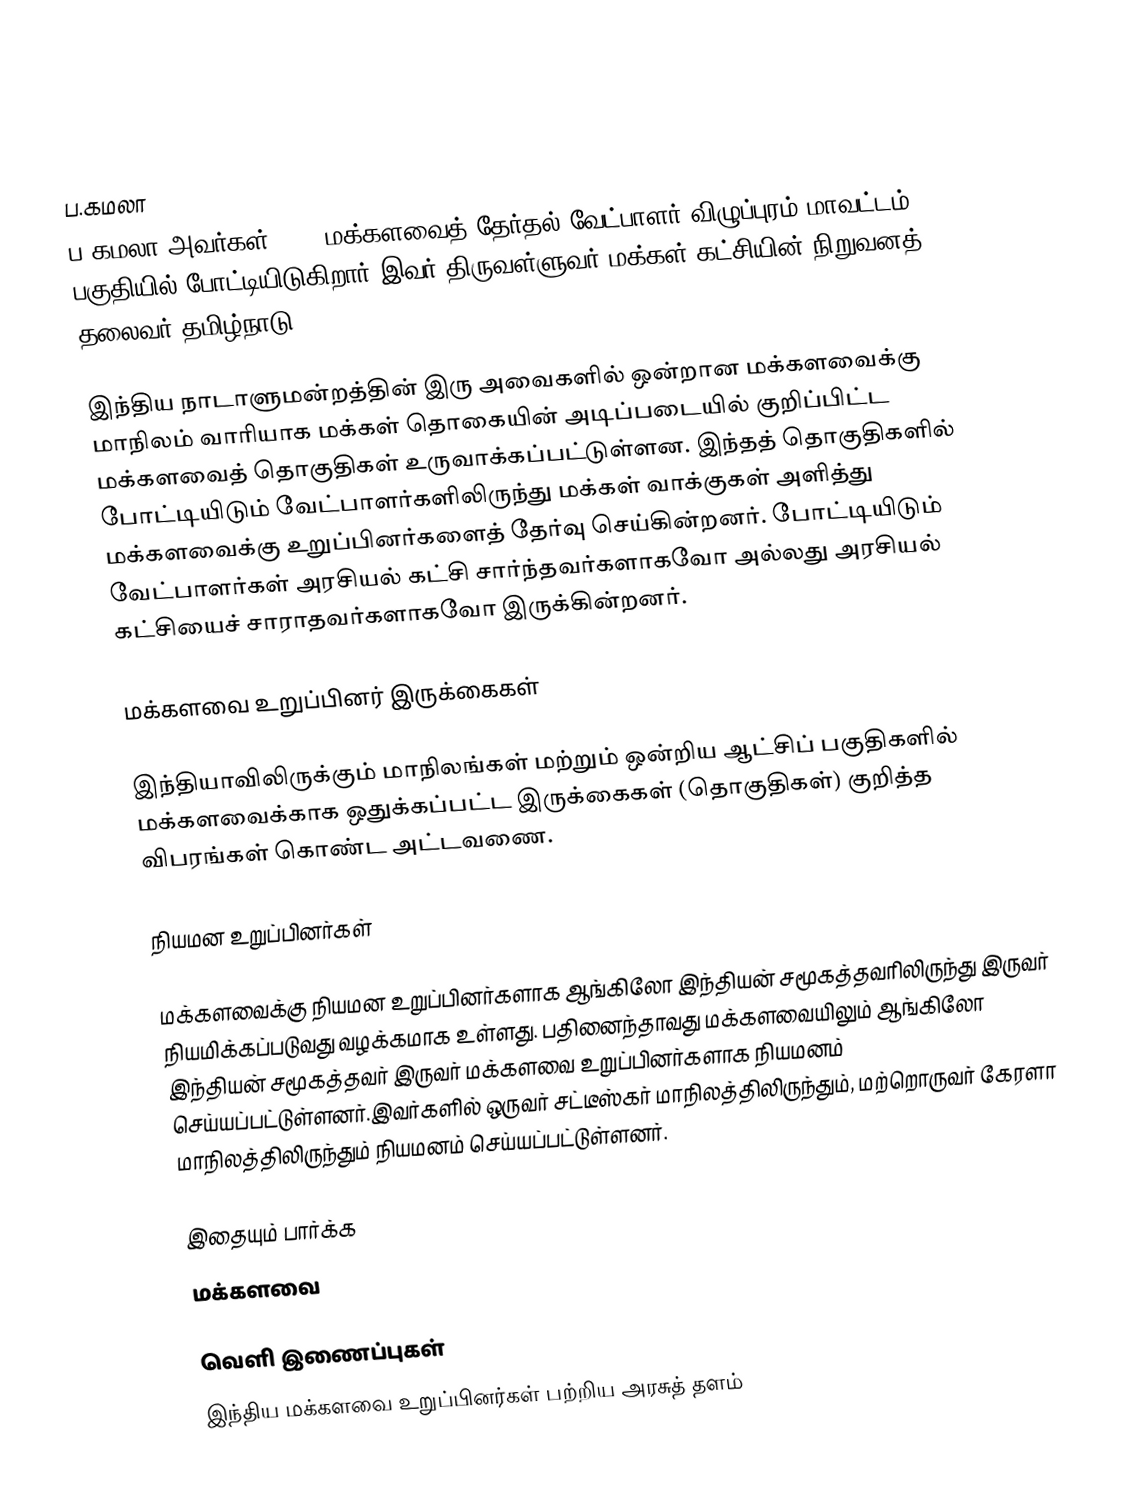

ப.கமலா
ப.கமலா அவர்கள் 2024 மக்களவைத் தேர்தல் வேட்பாளர் விழுப்புரம் மாவட்டம் பகுதியில் போட்டியிடுகிறார் இவர் திருவள்ளுவர் மக்கள் கட்சியின் நிறுவனத் தலைவர் தமிழ்நாடு.

இந்திய நாடாளுமன்றத்தின் இரு அவைகளில் ஒன்றான மக்களவைக்கு மாநிலம் வாரியாக மக்கள் தொகையின் அடிப்படையில் குறிப்பிட்ட மக்களவைத் தொகுதிகள் உருவாக்கப்பட்டுள்ளன. இந்தத் தொகுதிகளில் போட்டியிடும் வேட்பாளர்களிலிருந்து மக்கள் வாக்குகள் அளித்து மக்களவைக்கு உறுப்பினர்களைத் தேர்வு செய்கின்றனர். போட்டியிடும் வேட்பாளர்கள் அரசியல் கட்சி சார்ந்தவர்களாகவோ அல்லது அரசியல் கட்சியைச் சாராதவர்களாகவோ இருக்கின்றனர்.

மக்களவை உறுப்பினர் இருக்கைகள்

இந்தியாவிலிருக்கும் மாநிலங்கள் மற்றும் ஒன்றிய ஆட்சிப் பகுதிகளில் மக்களவைக்காக ஒதுக்கப்பட்ட இருக்கைகள் (தொகுதிகள்) குறித்த விபரங்கள் கொண்ட அட்டவணை.

நியமன உறுப்பினர்கள்

 மக்களவைக்கு நியமன உறுப்பினர்களாக ஆங்கிலோ இந்தியன் சமூகத்தவரிலிருந்து இருவர் நியமிக்கப்படுவது வழக்கமாக உள்ளது. பதினைந்தாவது மக்களவையிலும் ஆங்கிலோ இந்தியன் சமூகத்தவர் இருவர் மக்களவை உறுப்பினர்களாக நியமனம் செய்யப்பட்டுள்ளனர்.இவர்களில் ஒருவர் சட்டீஸ்கர் மாநிலத்திலிருந்தும், மற்றொருவர் கேரளா மாநிலத்திலிருந்தும் நியமனம் செய்யப்பட்டுள்ளனர்.

இதையும் பார்க்க
 மக்களவை

வெளி இணைப்புகள்
 இந்திய மக்களவை உறுப்பினர்கள் பற்றிய அரசுத் தளம்